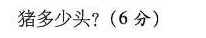
猪多少头?(6分)